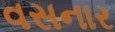
વસનાર